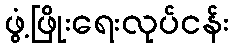
ဖွံ့ဖြိုးရေးလုပ်ငန်း